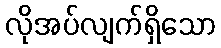
လိုအပ်လျက်ရှိသော